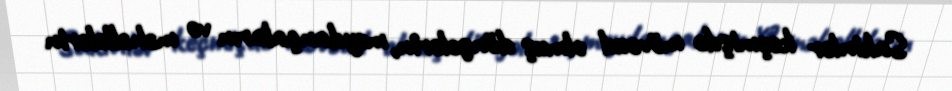
Sakinlər keçmişdə mövcud olmuş döngələrin, meydançaların və məhəllələrin